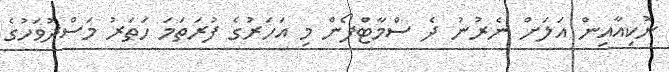
ނޮކިއާއިން އަލަށް ނެރުނު ދެ ސްމާޓްފޯން މި އަހަރުގެ ފުރަތަމަ ހަތަރު މަސްދުވަހުގެ